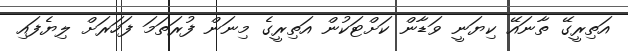
އަތިރީގޭ ތާނައޭ ކިޔަނީ ވަޑާން ކަށްޓަކުން އަތިރީގެ މިނަން ފުރަތަމަ ފަހަރަށް ލިޔެފައި